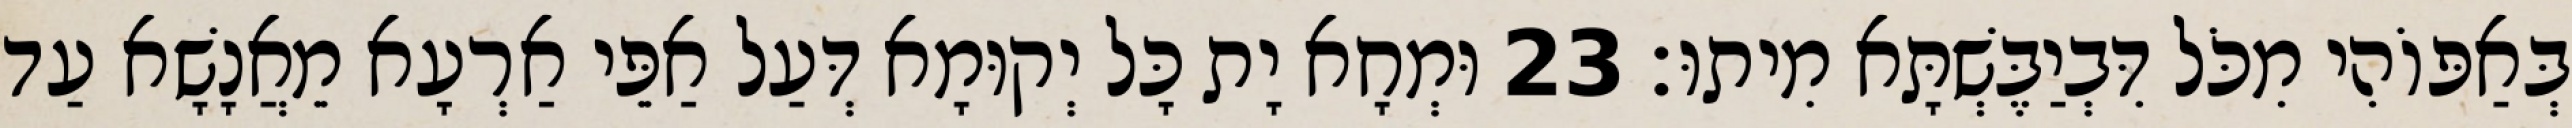
בְּאַפּוֹהִי מִכֹּל דִּבְיַבֶּשְׁתָּא מִיתוּ׃ 23 וּמְחָא יָת כָּל יְקוּמָא דְּעַל אַפֵּי אַרְעָא מֵאֲנָשָׁא עַד